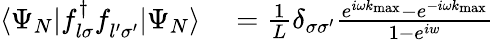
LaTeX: \begin{array}{rl}{\langle\Psi_{N}|f_{l\sigma}^{\dagger}f_{l^{\prime}\sigma^{\prime}}^{\phantom{\dagger}}|\Psi_{N}\rangle}&{{}=\frac{1}{L}\delta_{\sigma\sigma^{\prime}}\frac{e^{i\omega k_{\mathrm{max}}}-e^{-i\omega k_{\mathrm{max}}}}{1-e^{iw}}}\end{array}